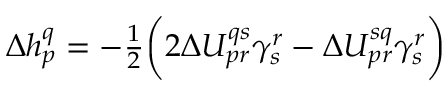
\begin{array} { r } { \Delta h _ { p } ^ { q } = - \frac { 1 } { 2 } \bigg ( 2 \Delta U _ { p r } ^ { q s } \gamma _ { s } ^ { r } - \Delta U _ { p r } ^ { s q } \gamma _ { s } ^ { r } \bigg ) } \end{array}